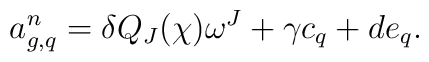
a^n_{g,q}=\delta Q_J(\chi)\omega^J +\gamma c_q +de_q.